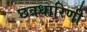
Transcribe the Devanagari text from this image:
छत्रधारिणी